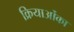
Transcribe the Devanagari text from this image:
क्रियाओंका